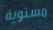
مستوية